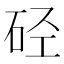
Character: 硁